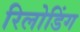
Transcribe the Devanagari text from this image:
रिलोडिंग